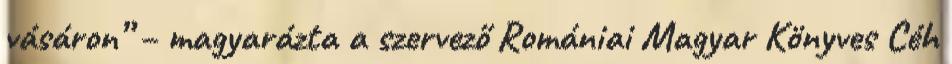
vásáron” – magyarázta a szervező Romániai Magyar Könyves Céh